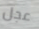
عجل